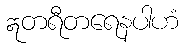
ဣတရီတရေနပါဟံ